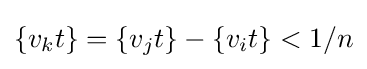
\{v_{k}t\}=\{v_{j}t\}-\{v_{i}t\}<1/n